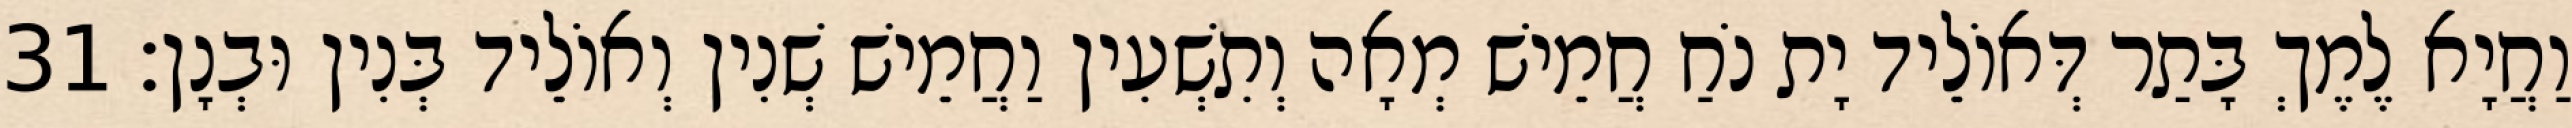
וַחֲיָא לֶמֶךְ בָּתַר דְּאוֹלֵיד יָת נֹחַ חֲמֵישׁ מְאָה וְתִשְׁעִין וַחֲמֵישׁ שְׁנִין וְאוֹלֵיד בְּנִין וּבְנָן׃ 31